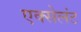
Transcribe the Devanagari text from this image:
एक्सेलंट